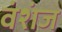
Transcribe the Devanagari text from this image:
वंशंज